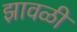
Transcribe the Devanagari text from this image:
झावळी